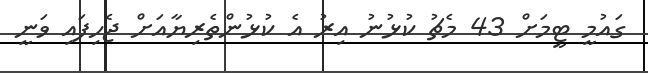
ގައުމީ ޓީމަށް 43 މެޗު ކުޅުނު އިރު އެ ކުޅުންތެރިޔާއަށް ޖެހިފައި ވަނީ